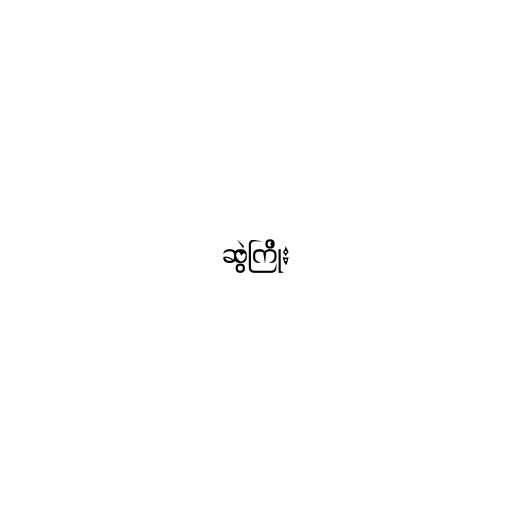
ဆွဲကြိုး